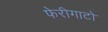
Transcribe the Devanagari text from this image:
फेरीगाटो